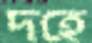
দহে